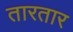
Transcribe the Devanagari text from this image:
तारतार